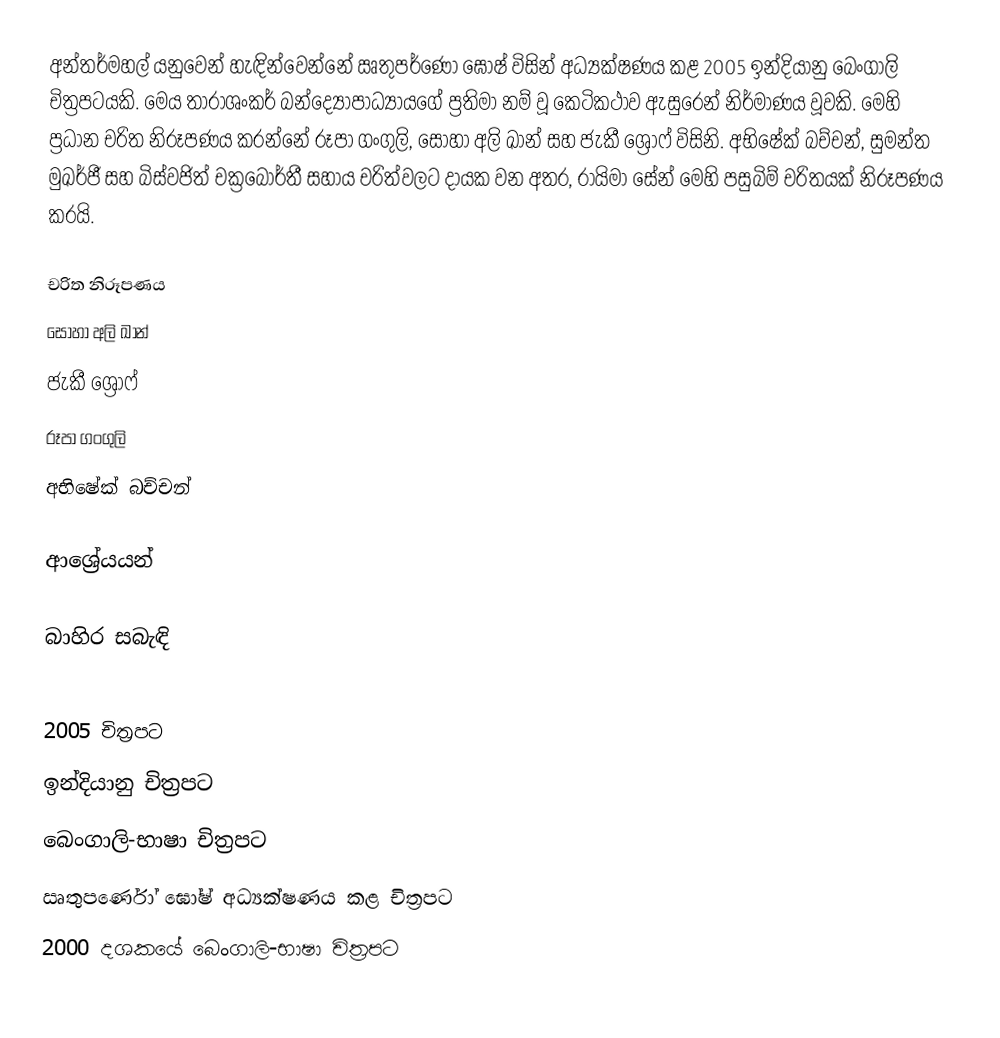
අන්තර්මහල් ‍යනුවෙන් හැඳින්වෙන්නේ ඍතුපර්ණෝ ඝෝෂ් විසින් අධ්‍යක්ෂණය කළ 2005 ඉන්දියානු බෙංගාලි චිත්‍රපටයකි. මෙය තාරාශංකර් බන්ද්‍යෝපාධ්‍යායගේ ප්‍රතිමා නම් වූ කෙටිකථාව ඇසුරෙන් නිර්මාණය වූවකි. මෙහි ප්‍රධාන චරිත නිරූපණය කරන්නේ රූපා ගංගුලි, සෝහා අලි ඛාන් සහ ජැකී ශ්‍රෝෆ් විසිනි. අභිෂේක් බච්චන්, සුමන්ත මුඛර්ජී සහ බිස්වජිත් චක්‍රබොර්තී සහාය චරිත්වලට දායක වන අතර, රායිමා සේන් මෙහි පසුබිම් චරිතයක් නිරූපණය කරයි.

චරිත නිරූපණය
සෝහා අලි ඛාන්
ජැකී ශ්‍රෝෆ්
රූපා ගංගුලි
අභිෂේක් බච්චන්

ආශ්‍රේයයන්

බාහිර සබැඳි

2005 චිත්‍රපට
ඉන්දියානු චිත්‍රපට
බෙංගාලි-භාෂා චිත්‍රපට
ඍතුපර්ණෝ ඝෝෂ් අධ්‍යක්ෂණය කළ චිත්‍රපට
2000 දශකයේ බෙංගාලි-භාෂා චිත්‍රපට